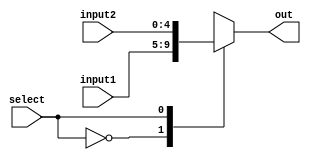
module MuxBank1(input1, input2, out, select); //Mux de entrada do Banco de Registradores

  input select;
  input [4:0] input1, input2;
  output reg [4:0] out;

  always @ (*) begin
	
	case(select)
		      1'b0 : out = input1;
      		1'b1 : out = input2;
   	endcase
   
  end

endmodule